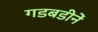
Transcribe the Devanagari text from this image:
गडबडीनें